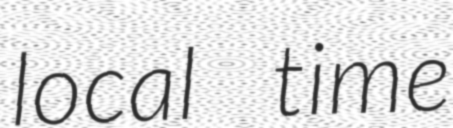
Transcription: local time